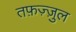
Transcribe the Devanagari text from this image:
तफ़ज़्ज़ुल